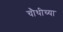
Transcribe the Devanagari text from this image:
चौथीच्या